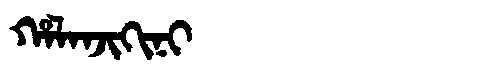
Manchu: ᡥᠠᠯᠠᠨᠵᡳᡴᡳᠨᡳ
Romanization: HALANJIKINI